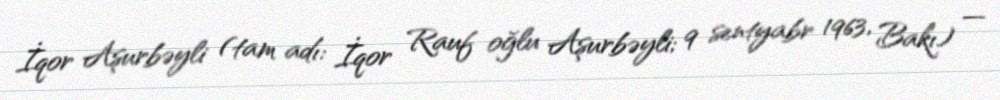
İqor Aşurbəyli (tam adı: İqor Rauf oğlu Aşurbəyli; 9 sentyabr 1963, Bakı) —